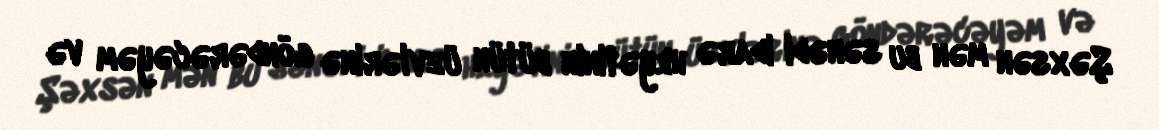
Şəxsən mən bu sənədi idarə heyətinin bütün üzvlərinə göndərəcəyəm və